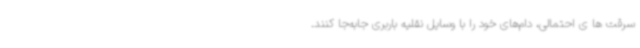
سرقت ها ی احتمالی، دام‌های خود را با وسایل نقلیه باربری جابه‌جا کنند.